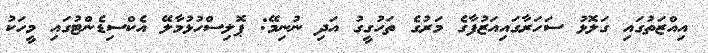
އިއްޒަތުގައި ގަލޮޅު ސަހަރާގައިއަޒުފާގެ މަރުގެ ތަހުގީގު އަދި ނުނިމޭ: ޕޮލިސްހުޅުމާލޭ އެކްސިޑެންޓުގައި މީހަކު